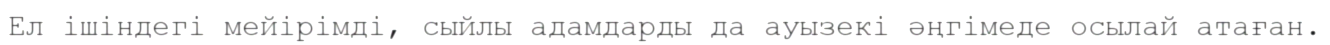
Ел ішіндегі мейірімді, сыйлы адамдарды да ауызекі әңгімеде осылай атаған.